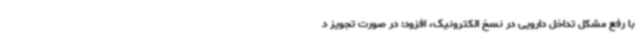
با رفع مشکل تداخل دارویی در نسخ الکترونیک، افزود: در صورت تجویز د